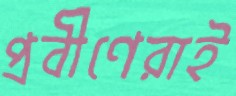
প্রবীণেরাই